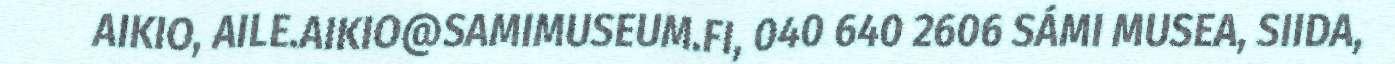
AIKIO, AILE.AIKIO@SAMIMUSEUM.FI, 040 640 2606 SÁMI MUSEA, SIIDA,